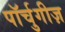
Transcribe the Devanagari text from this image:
पॉर्चुगीज़